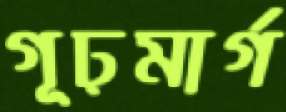
গূঢ়মার্গ